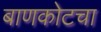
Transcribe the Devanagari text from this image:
बाणकोटचा